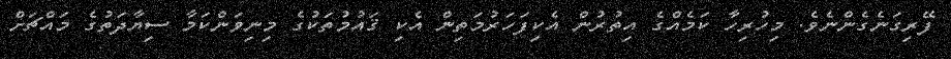
ފޭރިގަނެގެންނެވެ. މިހުރިހާ ކަމެއްގެ އިތުރުން އެކިފަހަރުމަތިން އެކި ޤައުމުތަކުގެ މިނިވަންކަމާ ސިޔާދަތުގެ މައްޗަށް